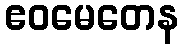
ဧဝမေတေန